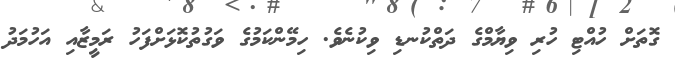
ގޮތަށް ހުއްޓި ހުރި ވިޔާމްގެ ދަތްކުނޑި ވިކުނެވެ. ހިމޭންކަމުގެ ވަގުތުކޮޅަށްފަހު ރަމީޒާއި އަހުމަދު